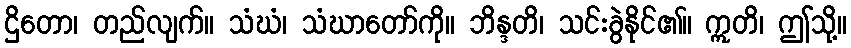
ဌိတော၊ တည်လျက်။ သံဃံ၊ သံဃာတော်ကို။ ဘိန္ဒတိ၊ သင်းခွဲနိုင်၏။ ဣတိ၊ ဤသို့။